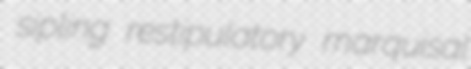
sipling restipulatory marquisal